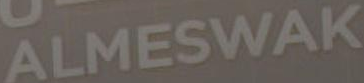
ALMESWAK